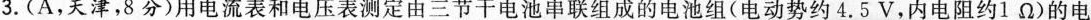
3.(A，天津，8分)用电流表和电压表测定由三节干电池串联组成的电池组(电动势约4.5V，内电阻约1Ω)的电